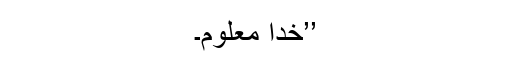
’’خدا معلوم۔